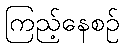
ကြည့်နေစဉ်